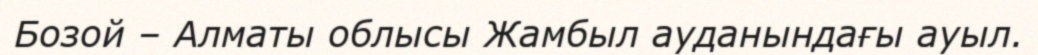
Бозой – Алматы облысы Жамбыл ауданындағы ауыл.